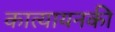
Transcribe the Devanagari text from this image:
कात्यायनकी